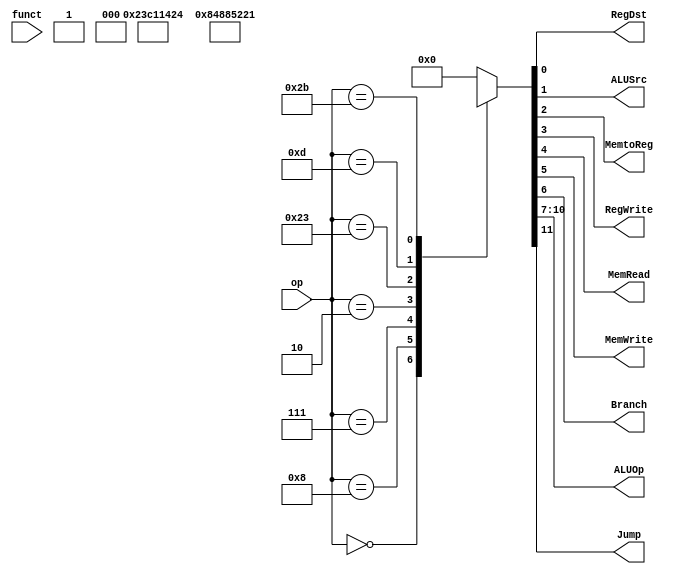
module control(
	input [5:0] op,
	input [5:0] funct,
	output RegDst,
	output ALUSrc,
	output MemtoReg,
	output RegWrite,
	output MemRead,
	output MemWrite,
	output Branch,
	output [3:0]ALUOp,
	output Jump
);

parameter ADD = 6'b0;
parameter ADDI = 6'b1000;
parameter AND = 6'b0;
parameter BGTZ = 6'b111;
parameter J = 6'b10;
parameter LW = 6'b100011;
parameter SW = 6'b101011;
parameter ORI = 6'b001101;


reg [11:0] pack;
assign Jump = pack[11];
assign ALUOp = pack[10:7];
assign Branch = pack[6];
assign MemWrite = pack[5];
assign MemRead = pack[4];
assign RegWrite = pack[3];
assign MemtoReg = pack[2];
assign ALUSrc = pack[1];
assign RegDst = pack[0];


always @*
begin
	case(op)
		ADD: pack = 'b0_0010_0_001_001;
		ADDI:pack = 'b0_0010_0_001_010;
		BGTZ:pack = 'b0_1000_1_000_01x;
		J:   pack = 'b1_xxxx_x_000_xxx;
		LW:  pack = 'b0010_0_011_110;
		ORI: pack = 'b0001_0_001_010;
		SW:  pack = 'b0010_0_100_x1x;
		default:
			pack = 0;
	endcase
end

endmodule